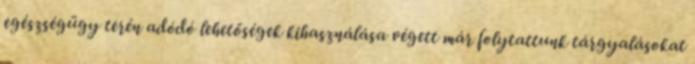
egészségügy terén adódó lehetőségek kihasználása végett már folytattunk tárgyalásokat